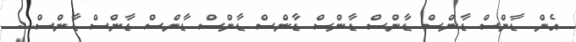
އެން ޑާންސް ޑާންސް ޑާންސް ޑާންސް ޑާންސް ޑާންސް ޑާންސް ޑާންސް ޑާންސް...